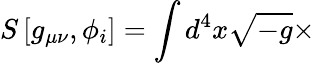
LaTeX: S\left[g_{\mu\nu},\phi_{i}\right]=\int d^{4}x\sqrt{-g}\times